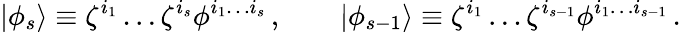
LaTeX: |\phi_{s}\rangle\equiv\zeta^{i_{1}}\ldots\zeta^{i_{s}}\phi^{i_{1}\ldots i_{s}}\, ,\qquad|\phi_{s-1}\rangle\equiv\zeta^{i_{1}}\ldots\zeta^{i_{s-1}}\phi^{i_{1}\ldots i_{s-1}}\, .